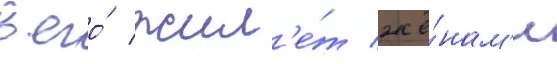
в его́ жил'е́т жё́нам'и